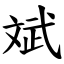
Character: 斌